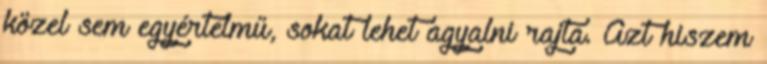
közel sem egyértelmű, sokat lehet agyalni rajta. Azt hiszem